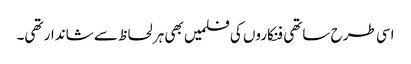
اسی طرح ساتھی فنکاروں کی فلمیں بھی ہر لحاظ سے شاندار تھی۔